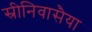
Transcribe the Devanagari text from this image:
स्रीनिवासैया